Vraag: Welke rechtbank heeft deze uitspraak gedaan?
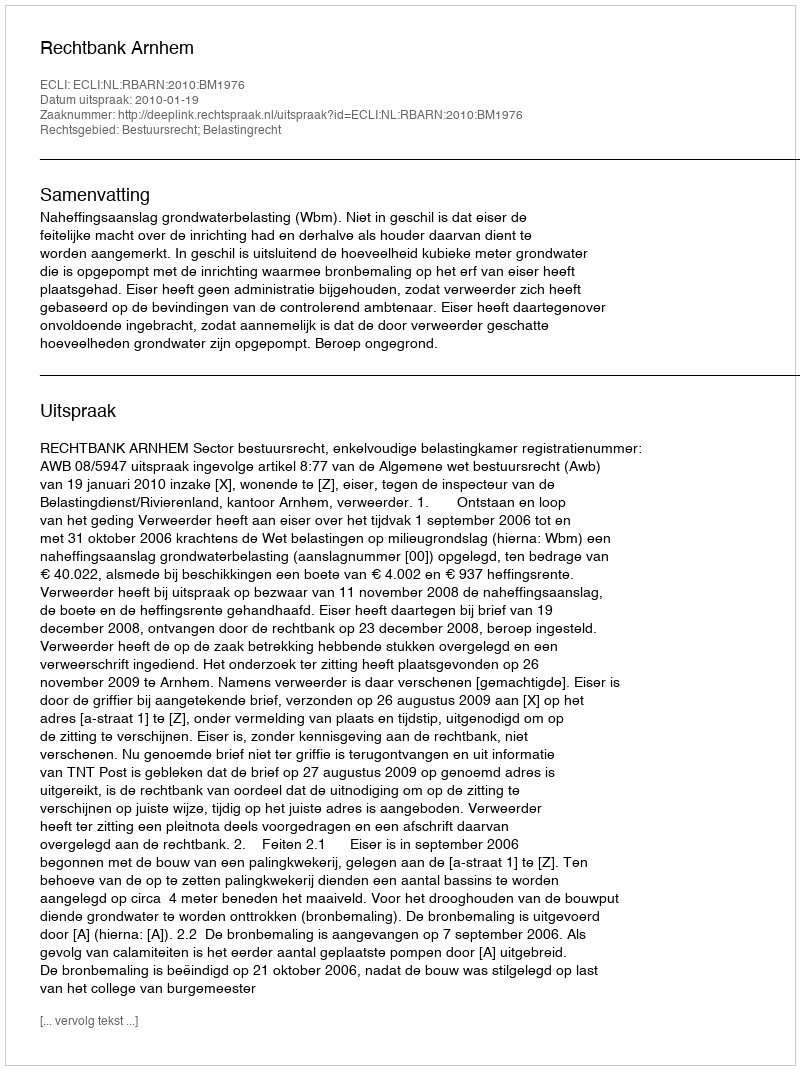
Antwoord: Rechtbank Arnhem